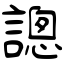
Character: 謥